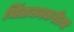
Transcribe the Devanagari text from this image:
चिंताजनकरीत्या